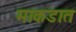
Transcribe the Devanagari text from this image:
माकडात